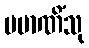
ပမာဏိံသု